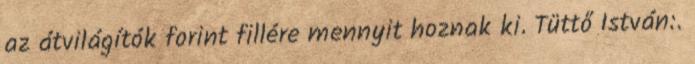
az átvilágítók forint fillére mennyit hoznak ki. Tüttő István:.